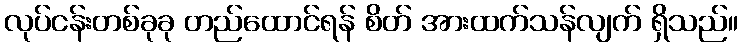
လုပ်ငန်းတစ်ခုခု တည်ထောင်ရန် စိတ် အားထက်သန်လျက် ရှိသည်။